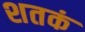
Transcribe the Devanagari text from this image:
शतकं